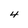
Character: 4